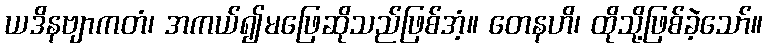
ယဒိနဗျာကတံ၊ အကယ်၍မဖြေဆိုသည်ဖြစ်အံ့။ တေနဟိ၊ ထိုသို့ဖြစ်ခဲ့သော်။